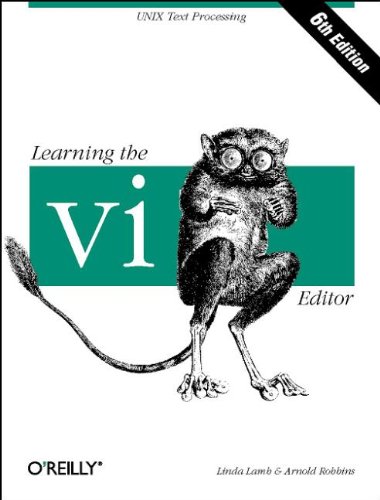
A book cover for Learning the vi Editor (Nutshell Handbooks); Arnold Robbins; Business & Money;